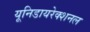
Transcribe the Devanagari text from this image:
यूनिडायरेक्शनल